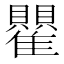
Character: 𬯵